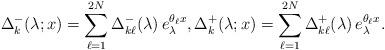
LaTeX: \begin{align*}\Delta_k^-(\lambda;x)=\sum_{\ell=1}^{2N}\Delta_{k\ell}^-(\lambda)\,e_{\lambda}^{\theta_{\ell}x},\Delta_k^+(\lambda;x)=\sum_{\ell=1}^{2N}\Delta_{k\ell}^+(\lambda)\,e_{\lambda}^{\theta_{\ell}x}.\end{align*}